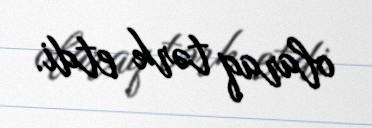
olaraq tərk etdi.